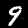
Label: 9